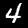
Label: 4